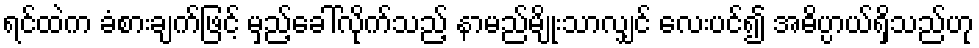
ရင်ထဲက ခံစားချက်ဖြင့် မှည့်ခေါ်လိုက်သည့် နာမည်မျိုးသာလျှင် လေးပင်၍ အဓိပ္ပာယ်ရှိသည်ဟု